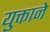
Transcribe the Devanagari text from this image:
युक्ताने